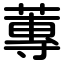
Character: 蓴